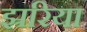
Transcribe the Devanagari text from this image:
झ्ररिया